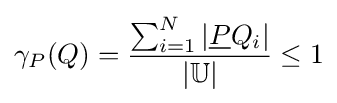
\gamma _{P}(Q)={\frac {\sum _{i=1}^{N}\left|{\underline {P}}Q_{i}\right|}{\left|\mathbb {U} \right|}}\leq 1